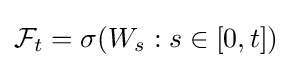
{\mathcal {F}}_{t}=\sigma (W_{s}:s\in [0,t])